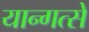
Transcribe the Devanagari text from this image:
यान्गत्से